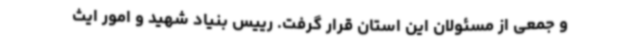
و جمعی از مسئولان این استان قرار گرفت. رییس بنیاد شهید و امور ایث